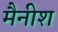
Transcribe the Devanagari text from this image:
मैनीश